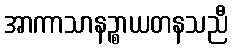
အာကာသာနဉ္စာယတနသညီ